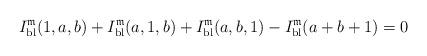
LaTeX: \begin{align*}I_{{\rm bl}}^{\mathfrak{m}}(1,a,b)+I_{{\rm bl}}^{\mathfrak{m}}(a,1,b)+I_{{\rm bl}}^{\mathfrak{m}}(a,b,1)-I_{{\rm bl}}^{\mathfrak{m}}(a+b+1)=0\end{align*}